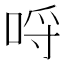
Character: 哷